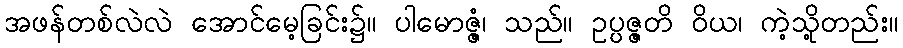
အဖန်တစ်လဲလဲ အောင်မေ့ခြင်း၌။ ပါမောဇ္ဇံ၊ သည်။ ဥပ္ပဇ္ဇတိ ဝိယ၊ ကဲ့သို့တည်း။